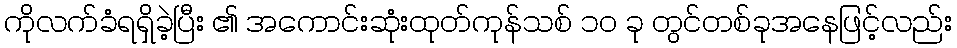
ကိုလက်ခံရရှိခဲ့ပြီး ၏ အကောင်းဆုံးထုတ်ကုန်သစ် ၁၀ ခု တွင်တစ်ခုအနေဖြင့်လည်း